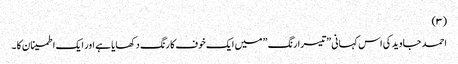
(۳)
احمد جاوید کی اس کہانی ”تیسرا رنگ ” میں ایک خوف کا رنگ دکھایا ہے اور ایک اطمینان کا ۔